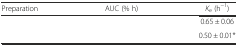
<table><thead><tr><td><b>Preparation</b></td><td><b>AUC (% h)</b></td><td><b><i>K</i><sub>e</sub> (h<sup>−1</sup>)</b></td></tr></thead><tbody><tr><td>[EMPTY_CELL]</td><td>[EMPTY_CELL]</td><td>0.65 ± 0.06</td></tr><tr><td>[EMPTY_CELL]</td><td>[EMPTY_CELL]</td><td>0.50 ± 0.01*</td></tr></tbody></table>